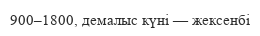
900–1800, демалыс күні — жексенбі